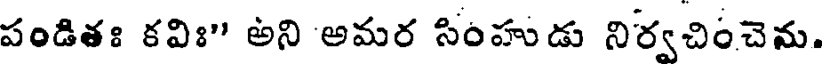
పండితః కవిః" అని అమర సింహుడు నిర్వచించెను.